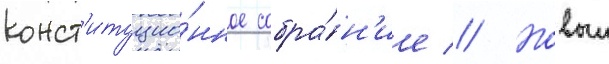
конст'итуцио́нное собра́н'ие // Новыи